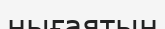
нығаятын